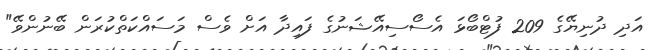
އަދި ދުނިޔޭގެ 209 ފުޓްބޯޅަ އެސޯސިއޭޝަނުގެ ފައިދާ އަށް ވެސް މަސައްކަތްކުރަން ބޭނުންވޭ"